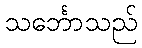
သင်္ဘောသည်